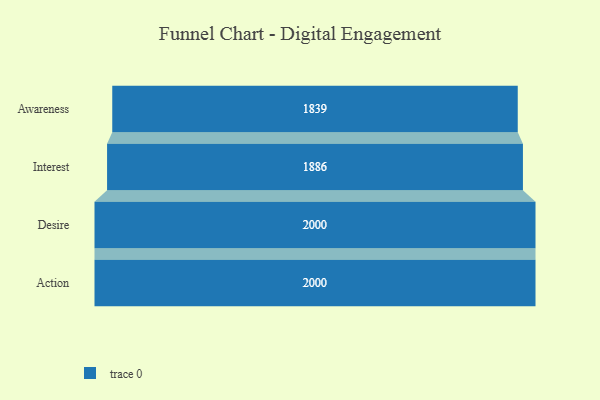
{"axis": {"x": "Stage", "y": "Value"}, "legend": [""], "data": [{"x": "Awareness", "y": 1839.0, "type": ""}, {"x": "Interest", "y": 1886.0, "type": ""}, {"x": "Desire", "y": 2000, "type": ""}, {"x": "Action", "y": 2000, "type": ""}]}